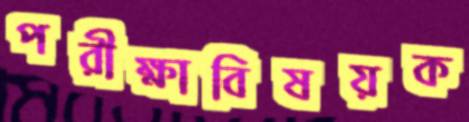
পরীক্ষাবিষয়ক